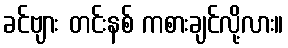
ခင်ဗျား တင်းနစ် ကစားချင်လို့လား။